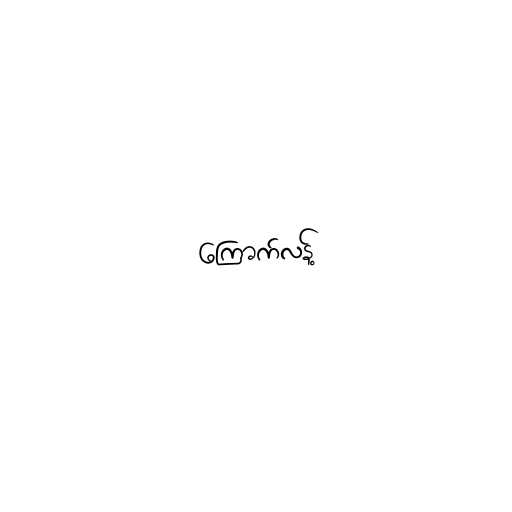
ကြောက်လန့်